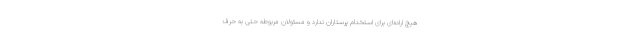
هیچ اراده‌ای برای استخدام پرستاران ندارد و مسئولان مربوطه حتی به حرف